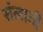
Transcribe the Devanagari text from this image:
संलागी